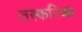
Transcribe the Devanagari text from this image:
तस्करिका